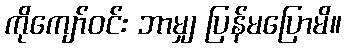
ကိုကျော်ဝင်း ဘာမျှ ပြန်မပြောမိ။